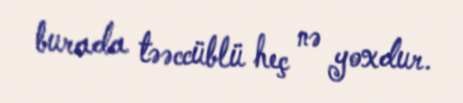
burada təəccüblü heç nə yoxdur.